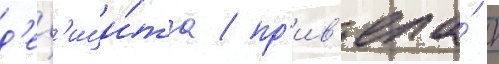
д'еф'ици́та / пр'ив'ела́ к